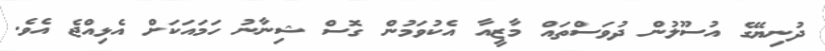
ދުނިޔޭގެ އުސޫލުން ދުވަސްތައް މާޒީއާ އެކުވަމުން ގޮސް ޝިނާނު ހަމައަކަށް އެޅިއްޖެ އެވެ.